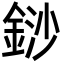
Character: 䤬